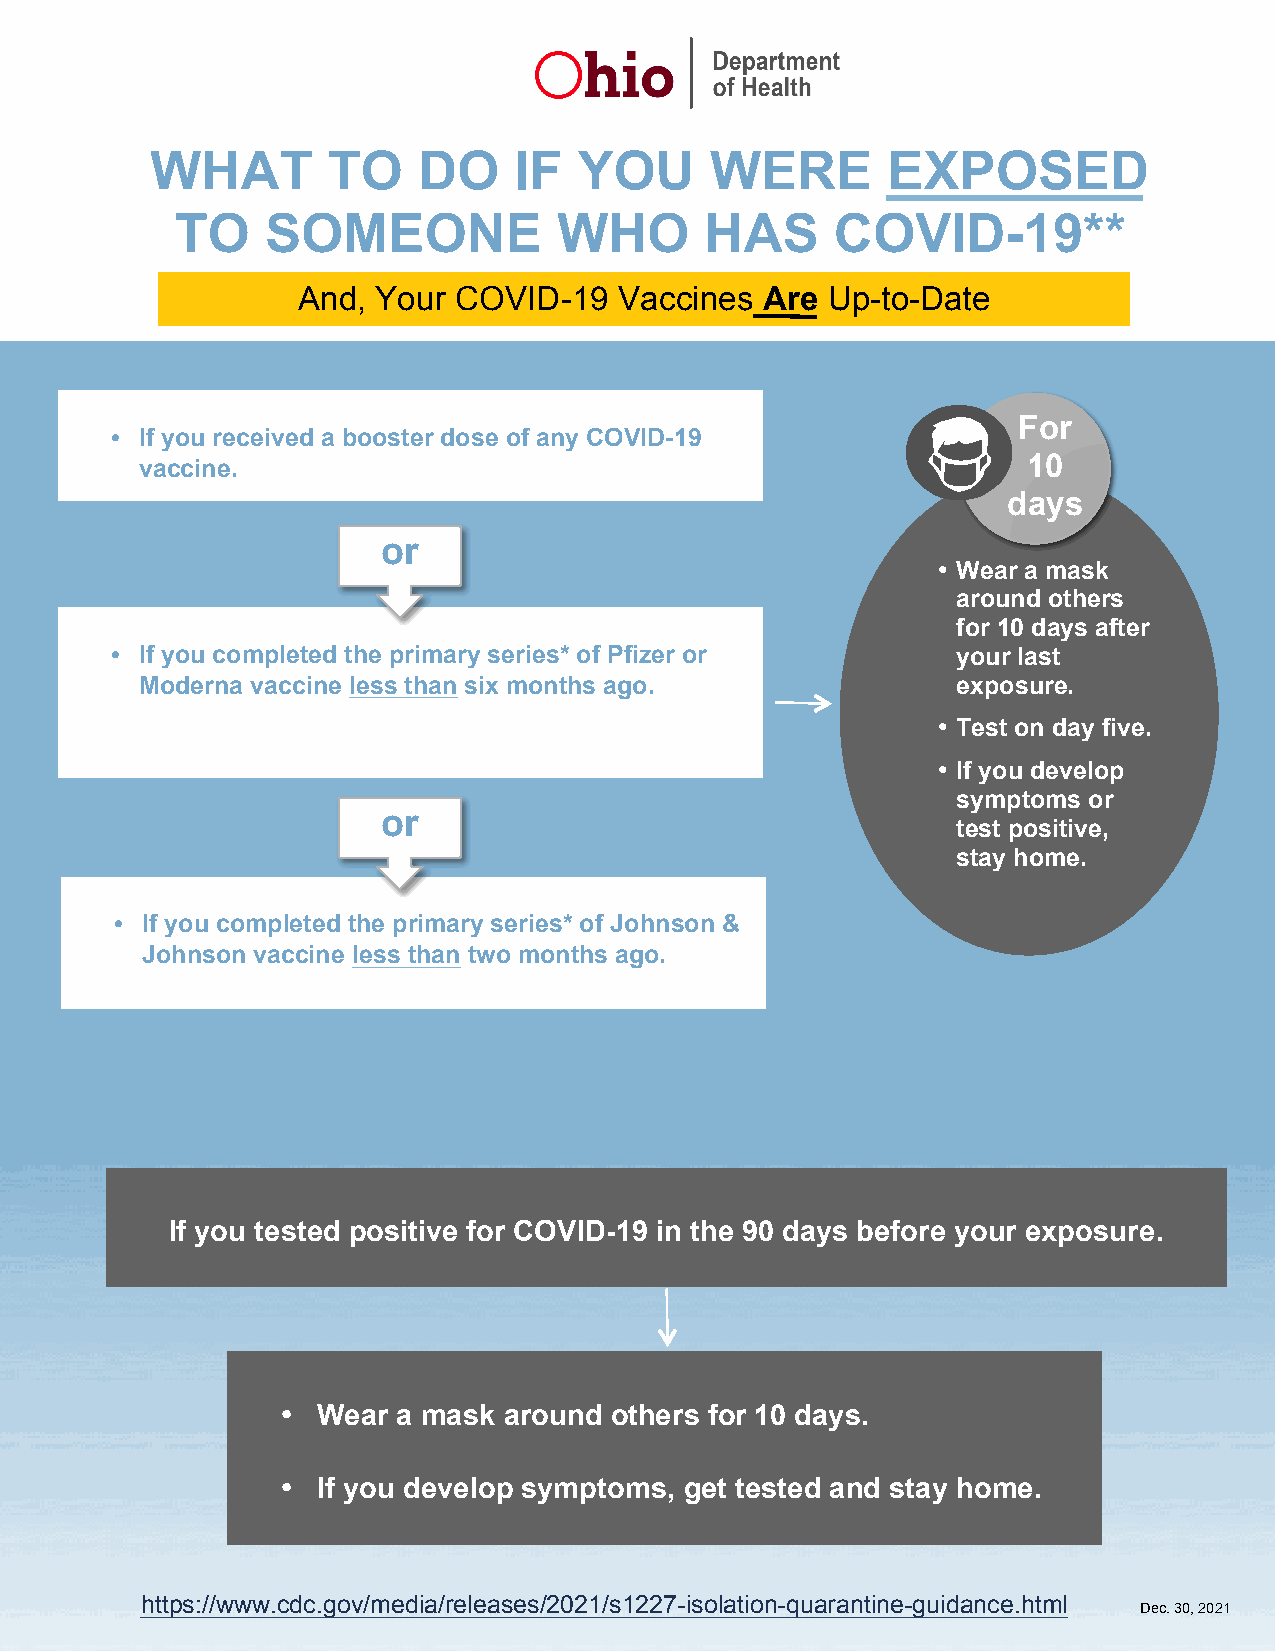
WHAT        TO    DO    IF  YOU      WERE        EXPOSED
 TO    SOMEONE            WHO       HAS     COVID-19**
 And, Your COVID-19   Vaccines  Are Up-to-Date
 For
 • If you received a booster dose of any COVID-19
 vaccine.                                                   10
 days
 or
 • Wear a mask
 around others
 for 10 days after
 • If you completed the primary series* of Pfizer or     your last
 Moderna vaccine less than six months ago.             exposure.
 • Test on day five.
 • If you develop
 symptoms or
 or
 test positive,
 stay home.
 • If you completed the primary series* of Johnson &
 Johnson vaccine less than two months ago.
 If you tested positive for COVID-19 in the 90 days before your exposure.
 • Wear a mask around others for 10 days.
 • If you develop symptoms, get tested and stay home.
 https://www.cdc.gov/media/releases/2021/s1227-isolation-quarantine-guidance.html
 Dec. 30, 2021